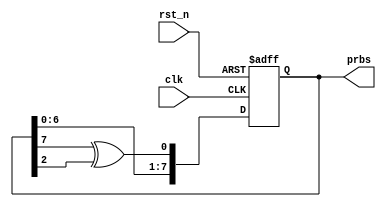
module pseudo_random_sequence(
    input clk,
    input rst_n,
    output [7:0] prbs
);

// Registers
reg [7:0] temp;

always @(posedge clk or negedge rst_n) begin
    if (!rst_n)
        temp <= 8'hFF;
    else 
        temp <= {temp[6:0], temp[7] ^ temp[2]};
end

assign prbs = temp;

endmodule